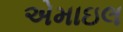
એમાઇલ